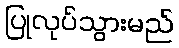
ပြုလုပ်သွားမည်